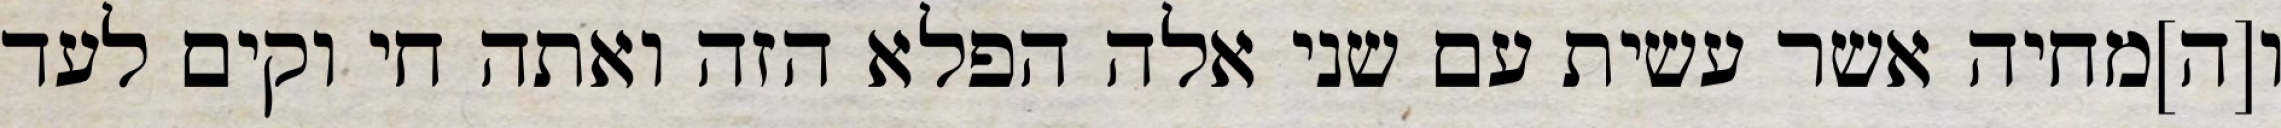
ו[ה]מחיה אשר עשית עם שני אלה הפלא הזה ואתה חי וקים לעד